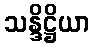
သန္ဒိဋ္ဌိယာ